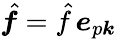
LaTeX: \hat{\boldsymbol{f}}=\hat{f}\, \boldsymbol{e}_{p\boldsymbol{k}}